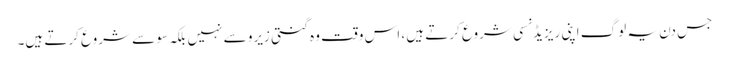
جس دن یہ لوگ اپنی ریزیڈنسی شروع کرتے ہیں ، اس وقت وہ گنتی زیرو سے نہیں بلکہ سو سے شروع کرتے ہیں۔